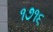
૧૭૧૬